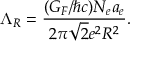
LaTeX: \Lambda _ { R } = \frac { ( G _ { F } / \hbar c ) N _ { e } a _ { e } } { 2 \pi \sqrt { 2 } e ^ { 2 } R ^ { 2 } } .